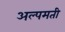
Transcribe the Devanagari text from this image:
अल्पमती